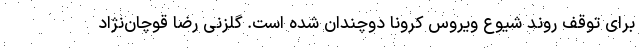
برای توقف روند شیوع ویروس کرونا دوچندان شده است. گلزنی رضا قوچان‌نژاد